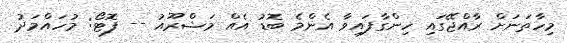
މިހާތަނަށް ރާއްޖޭގައި ހިންގާފައިވާ އެންމެ ބޮޑު އެއް މަޝްރޫއު -- ފޮޓޯ: މުހައްމަދު